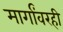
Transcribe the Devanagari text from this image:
मार्गांवरही